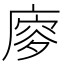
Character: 𢊈